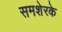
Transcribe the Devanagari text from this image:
समशेरके